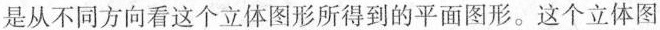
是从不同方向看这个立体图形所得到的平面图形。这个立体图